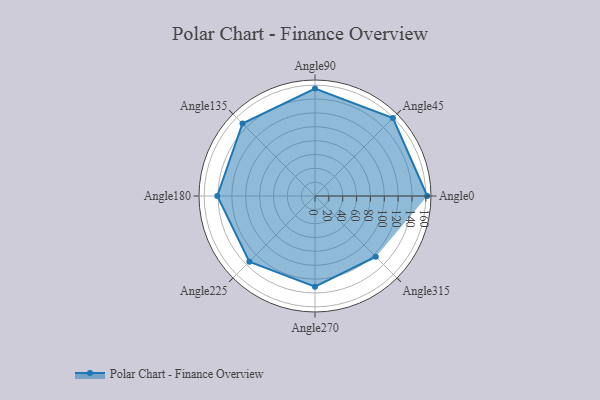
{"axis": {"x": "Angle", "y": "Radius"}, "legend": [""], "data": [{"x": "Angle0", "y": 162.0, "type": ""}, {"x": "Angle45", "y": 159.0, "type": ""}, {"x": "Angle90", "y": 155.0, "type": ""}, {"x": "Angle135", "y": 148.0, "type": ""}, {"x": "Angle180", "y": 141.0, "type": ""}, {"x": "Angle225", "y": 134.0, "type": ""}, {"x": "Angle270", "y": 131.0, "type": ""}, {"x": "Angle315", "y": 124.0, "type": ""}]}